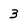
Character: 3